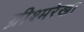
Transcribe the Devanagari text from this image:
ग्रीश्मरेखा